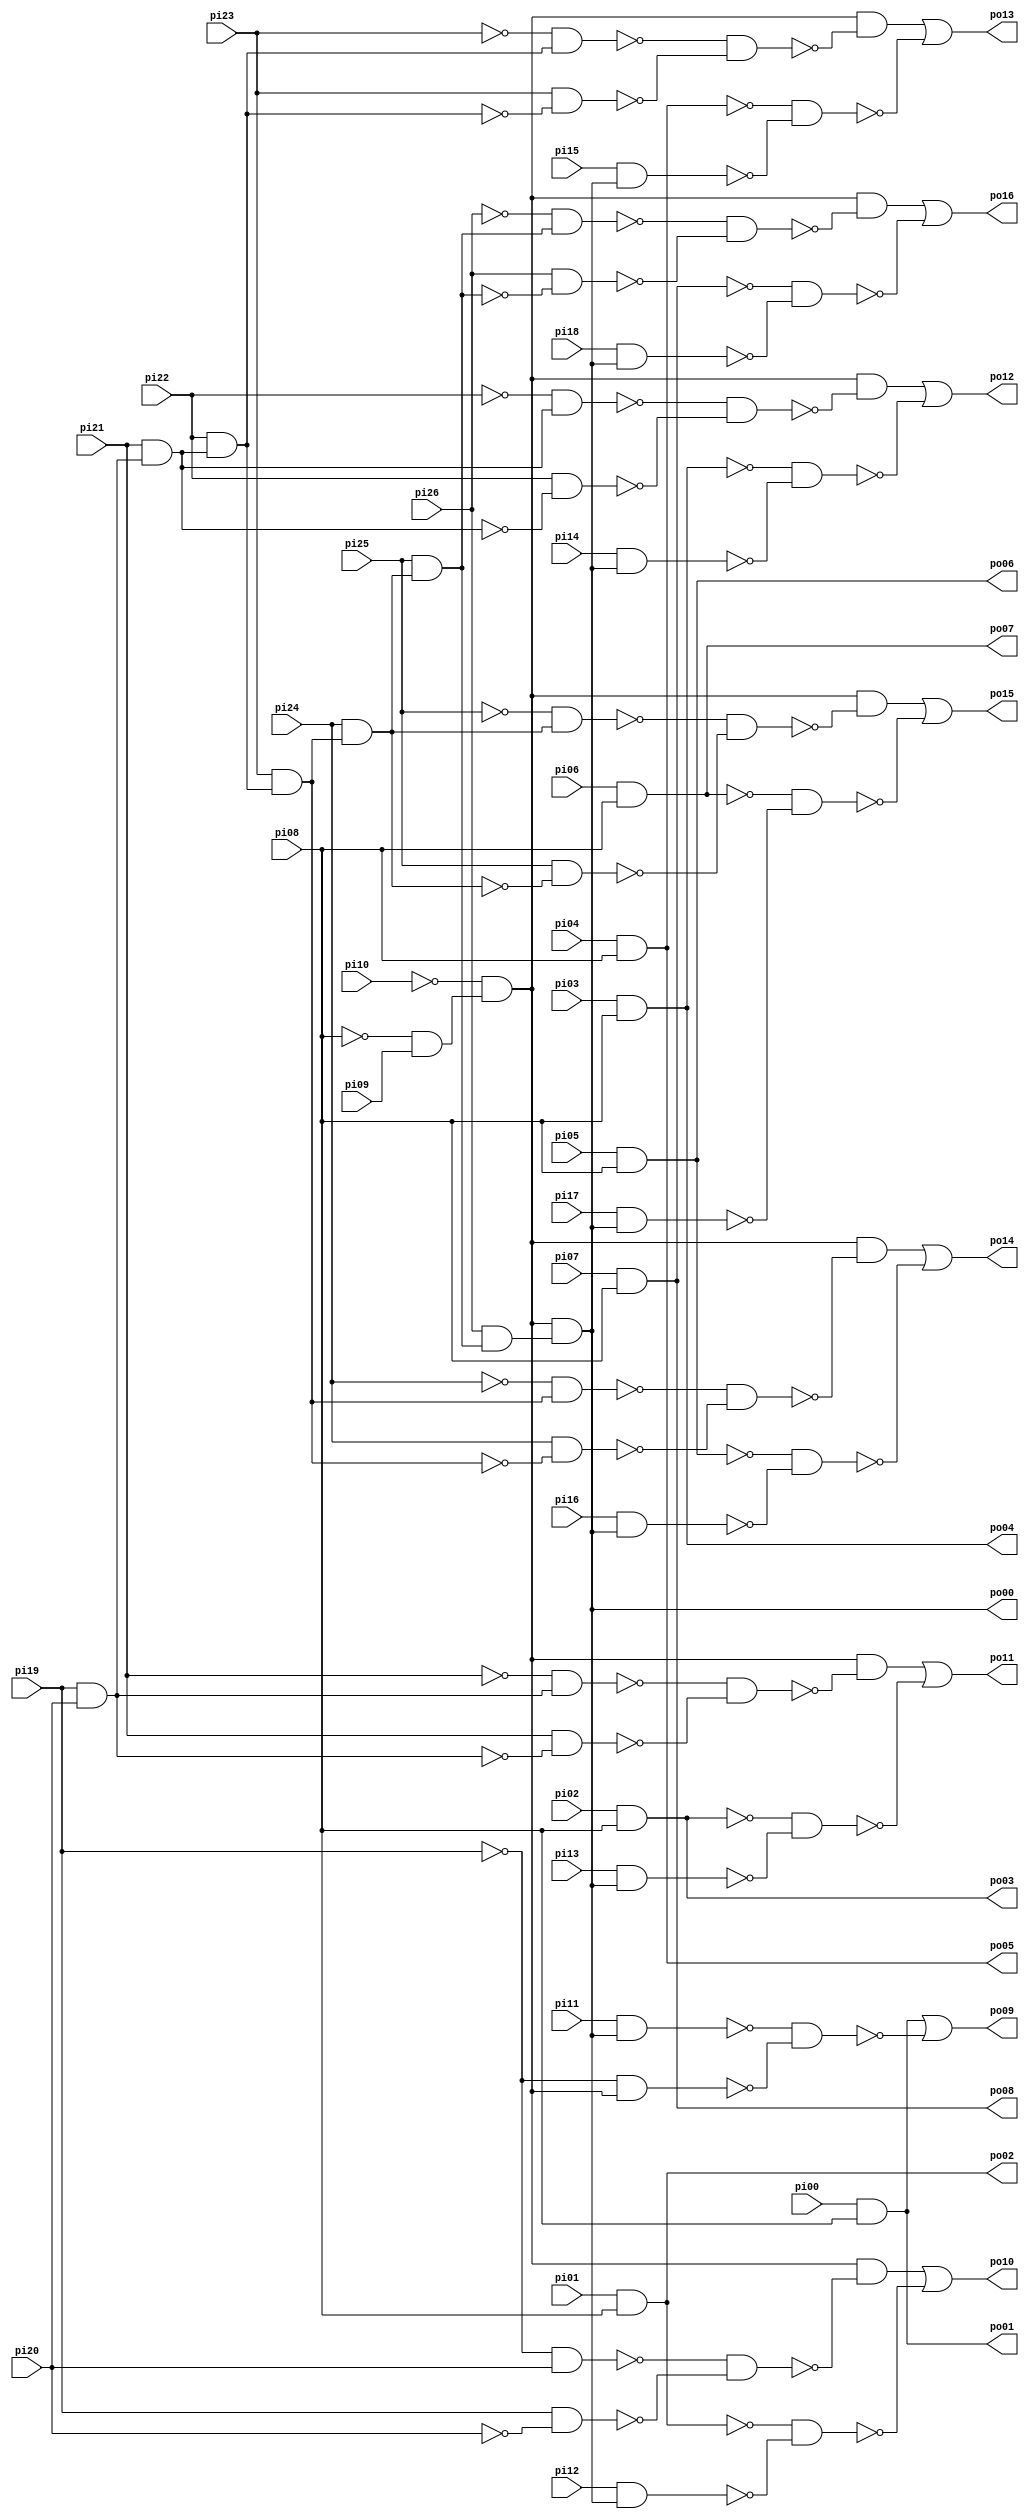
// Benchmark "pcler8_cl" written by ABC on Sun Apr 22 21:43:11 2018

module pcler8_cl ( 
    pi00, pi01, pi02, pi03, pi04, pi05, pi06, pi07, pi08, pi09, pi10, pi11,
    pi12, pi13, pi14, pi15, pi16, pi17, pi18, pi19, pi20, pi21, pi22, pi23,
    pi24, pi25, pi26,
    po00, po01, po02, po03, po04, po05, po06, po07, po08, po09, po10, po11,
    po12, po13, po14, po15, po16  );
  input  pi00, pi01, pi02, pi03, pi04, pi05, pi06, pi07, pi08, pi09,
    pi10, pi11, pi12, pi13, pi14, pi15, pi16, pi17, pi18, pi19, pi20, pi21,
    pi22, pi23, pi24, pi25, pi26;
  output po00, po01, po02, po03, po04, po05, po06, po07, po08, po09, po10,
    po11, po12, po13, po14, po15, po16;
  wire n45, n46, n47, n48, n49, n50, n51, n52, n53, n63, n64, n65, n67, n68,
    n69, n70, n71, n72, n74, n75, n76, n77, n78, n79, n81, n82, n83, n84,
    n85, n86, n88, n89, n90, n91, n92, n93, n95, n96, n97, n98, n99, n100,
    n102, n103, n104, n105, n106, n107, n109, n110, n111, n112, n113, n114;
  assign n45 = pi19 & pi20;
  assign n46 = pi21 & n45;
  assign n47 = pi22 & n46;
  assign n48 = pi23 & n47;
  assign n49 = pi24 & n48;
  assign n50 = pi25 & n49;
  assign n51 = ~pi08 & pi09;
  assign n52 = ~pi10 & n51;
  assign n53 = pi26 & n50;
  assign po00 = n52 & n53;
  assign po01 = pi00 & pi08;
  assign po02 = pi01 & pi08;
  assign po03 = pi02 & pi08;
  assign po04 = pi03 & pi08;
  assign po05 = pi04 & pi08;
  assign po06 = pi05 & pi08;
  assign po07 = pi06 & pi08;
  assign po08 = pi07 & pi08;
  assign n63 = pi11 & po00;
  assign n64 = ~pi19 & n52;
  assign n65 = ~n63 & ~n64;
  assign po09 = po01 | ~n65;
  assign n67 = ~pi19 & pi20;
  assign n68 = pi19 & ~pi20;
  assign n69 = ~n67 & ~n68;
  assign n70 = n52 & ~n69;
  assign n71 = pi12 & po00;
  assign n72 = ~po02 & ~n71;
  assign po10 = n70 | ~n72;
  assign n74 = ~pi21 & n45;
  assign n75 = pi21 & ~n45;
  assign n76 = ~n74 & ~n75;
  assign n77 = n52 & ~n76;
  assign n78 = pi13 & po00;
  assign n79 = ~po03 & ~n78;
  assign po11 = n77 | ~n79;
  assign n81 = ~pi22 & n46;
  assign n82 = pi22 & ~n46;
  assign n83 = ~n81 & ~n82;
  assign n84 = n52 & ~n83;
  assign n85 = pi14 & po00;
  assign n86 = ~po04 & ~n85;
  assign po12 = n84 | ~n86;
  assign n88 = ~pi23 & n47;
  assign n89 = pi23 & ~n47;
  assign n90 = ~n88 & ~n89;
  assign n91 = n52 & ~n90;
  assign n92 = pi15 & po00;
  assign n93 = ~po05 & ~n92;
  assign po13 = n91 | ~n93;
  assign n95 = ~pi24 & n48;
  assign n96 = pi24 & ~n48;
  assign n97 = ~n95 & ~n96;
  assign n98 = n52 & ~n97;
  assign n99 = pi16 & po00;
  assign n100 = ~po06 & ~n99;
  assign po14 = n98 | ~n100;
  assign n102 = ~pi25 & n49;
  assign n103 = pi25 & ~n49;
  assign n104 = ~n102 & ~n103;
  assign n105 = n52 & ~n104;
  assign n106 = pi17 & po00;
  assign n107 = ~po07 & ~n106;
  assign po15 = n105 | ~n107;
  assign n109 = ~pi26 & n50;
  assign n110 = pi26 & ~n50;
  assign n111 = ~n109 & ~n110;
  assign n112 = n52 & ~n111;
  assign n113 = pi18 & po00;
  assign n114 = ~po08 & ~n113;
  assign po16 = n112 | ~n114;
endmodule